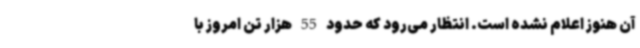
آن هنوز اعلام نشده است. انتظار می‌رود که حدود 55 هزار تن امروز با